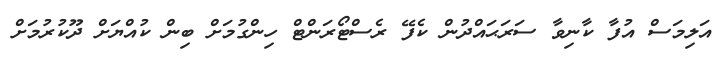
އަލިމަސް އުފާ ކާނިވާ ސަރަޙައްދުން ކެފޭ ރެސްޓޯރަންޓް ހިންގުމަށް ބިން ކުއްޔަށް ދޫކުރުމަށް